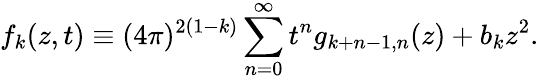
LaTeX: f_{k}(z,t)\equiv(4\pi)^{2(1-k)}\sum_{n=0}^{\infty}t^{n}g_{k+n-1,n}(z)+b_{k}z^{2}.